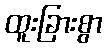
ထူးခြားစွာ